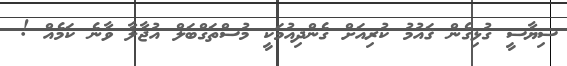
ސިޔާސީ ގުޅިގެން ޤައުމު ކުރިއަށް ގެންދިއުމަކީ މުސްތަގްބަލް އުޖާލާ ވާނެ ކަމެއް !